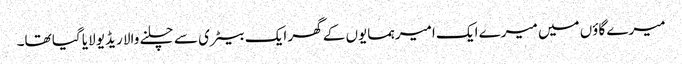
میرے گاؤں میں میرے ایک امیر ہمسایوں کے گھر ایک بیٹری سے چلنے والا ریڈیو لایا گیا تھا۔